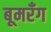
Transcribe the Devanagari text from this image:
बूमरँग